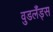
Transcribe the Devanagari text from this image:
वुडलँड्स